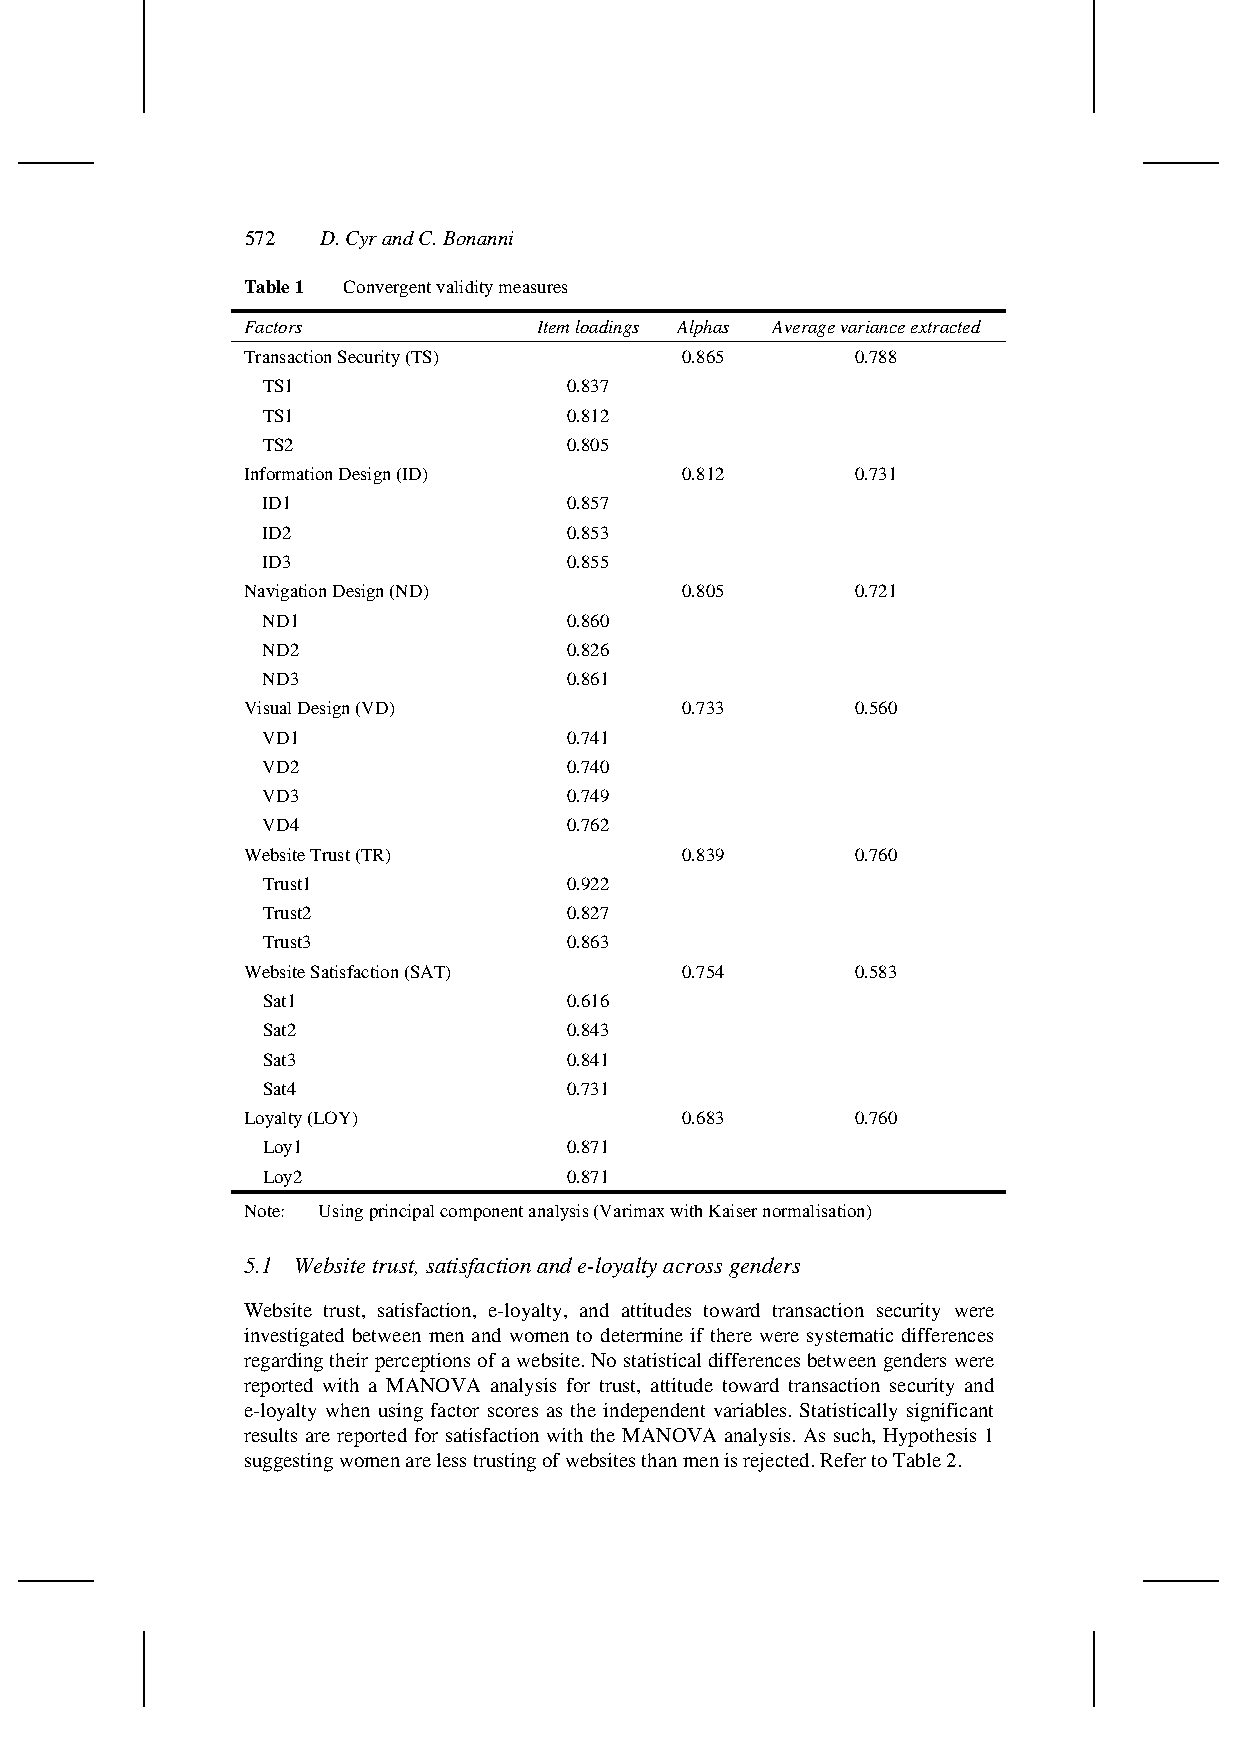
572  D. Cyr and C. Bonanni
 Table 1 Convergent validity measures
 Factors             Item loadings Alphas Average variance extracted
 Transaction Security (TS)    0.865       0.788
 TS1                  0.837
 TS1                  0.812
 TS2                  0.805
 Information Design (ID)      0.812       0.731
 ID1                  0.857
 ID2                  0.853
 ID3                  0.855
 Navigation Design (ND)       0.805       0.721
 ND1                  0.860
 ND2                  0.826
 ND3                  0.861
 Visual Design (VD)           0.733       0.560
 VD1                  0.741
 VD2                  0.740
 VD3                  0.749
 VD4                  0.762
 Website Trust (TR)           0.839       0.760
 Trust1               0.922
 Trust2               0.827
 Trust3               0.863
 Website Satisfaction (SAT)   0.754       0.583
 Sat1                 0.616
 Sat2                 0.843
 Sat3                 0.841
 Sat4                 0.731
 Loyalty (LOY)                0.683       0.760
 Loy1                 0.871
 Loy2                 0.871
 Note: Using principal component analysis (Varimax with Kaiser normalisation)
 5.1 Website trust, satisfaction and e-loyalty across genders
 Website trust, satisfaction, e-loyalty, and attitudes toward transaction security were
 investigated between men and women to determine if there were systematic differences
 regarding their perceptions of a website. No statistical differences between genders were
 reported with a MANOVA analysis for trust, attitude toward transaction security and
 e-loyalty when using factor scores as the independent variables. Statistically significant
 results are reported for satisfaction with the MANOVA analysis. As such, Hypothesis 1
 suggesting women are less trusting of websites than men is rejected. Refer to Table 2.